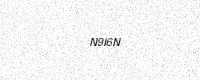
Text: N9I6N